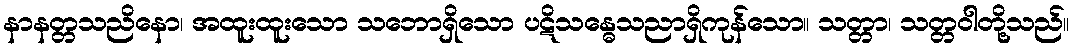
နာနတ္တသညိနော၊ အထူးထူးသော သဘောရှိသော ပဋိသန္ဓေသညာရှိကုန်သော။ သတ္တာ၊ သတ္တဝါတို့သည်။